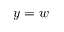
y = w